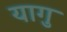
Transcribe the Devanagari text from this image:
यागु